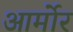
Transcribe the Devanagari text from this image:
आर्मोर